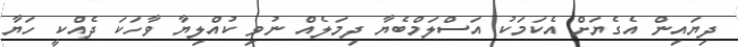
ދިޔައިން އެގެޔަށް އެކަމަކު އަސްލަމްބެޔާ ދިމަލެއް ނުވި ކުއްލިޔާ ވާހަކަ ދެއްކީ ހަޔާ